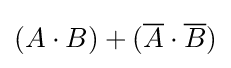
(A\cdot B)+({\overline {A}}\cdot {\overline {B}})